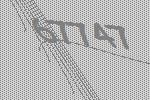
67747